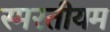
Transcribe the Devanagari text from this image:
स्मरतीयम